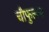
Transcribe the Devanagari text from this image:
चौफुल्ला